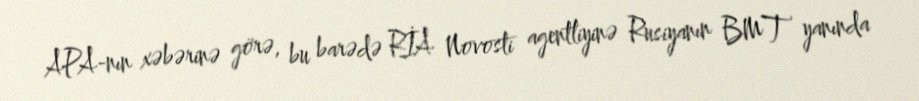
APA-nın xəbərinə görə, bu barədə RİA Novosti agentliyinə Rusiyanın BMT yanında